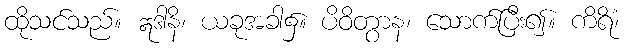
ထိုသင်သည်။ ဣဒါနိ၊ ယခုအခါ၌။ ပိဝိတွာန၊ သောက်ပြီး၍။ ကိရိံ၊